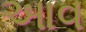
આવ